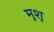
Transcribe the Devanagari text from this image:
मूशू